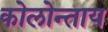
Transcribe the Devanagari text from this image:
कोलोन्ताय